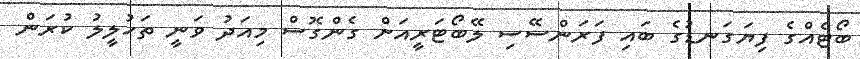
ބޯޓެއްގެ ފިޔަގަނޑުގެ ބައި ފަރަންސޭސި ލޭބޯޓަރީއަށް ގެންގޮސް މިއަދު ވަނީ ތަހުލީލު ކުރަން